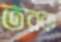
তরক